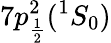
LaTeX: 7p_{\frac{1}{2}}^{2}(^{1}S_{0})